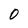
Character: 0